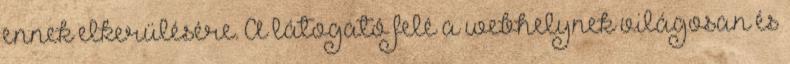
ennek elkerülésére. A látogató felé a webhelynek világosan és